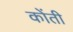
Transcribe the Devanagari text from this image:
कोंती